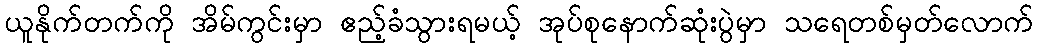
ယူနိုက်တက်ကို အိမ်ကွင်းမှာ ဧည့်ခံသွားရမယ့် အုပ်စုနောက်ဆုံးပွဲမှာ သရေတစ်မှတ်လောက်